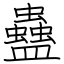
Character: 蠱